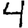
Digit: 4